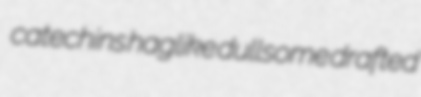
catechins haglike dullsome drafted